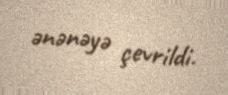
ənənəyə çevrildi.